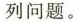
列问题。5